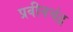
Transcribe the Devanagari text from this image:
प्रवीनचंद्र